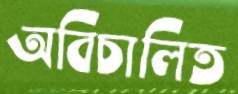
অবিচালিত